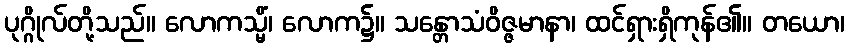
ပုဂ္ဂိုလ်တို့သည်။ လောကသ္မိံ၊ လောက၌။ သန္တောသံဝိဇ္ဇမာနာ၊ ထင်ရှားရှိကုန်၏။ တယော၊